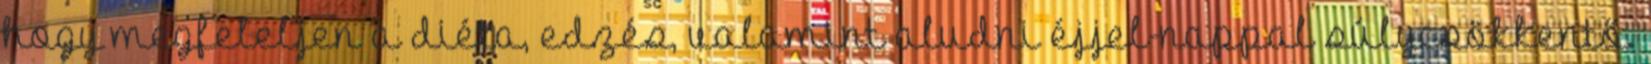
hogy megfeleljen a diéta, edzés, valamint aludni éjjel-nappal súlycsökkentő.